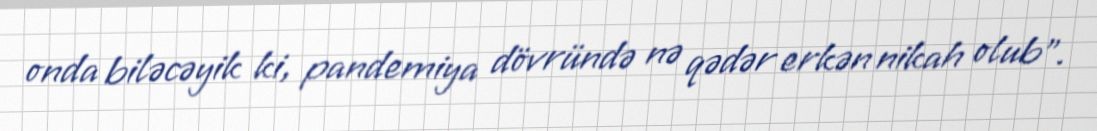
onda biləcəyik ki, pandemiya dövründə nə qədər erkən nikah olub”.